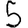
Digit: 5